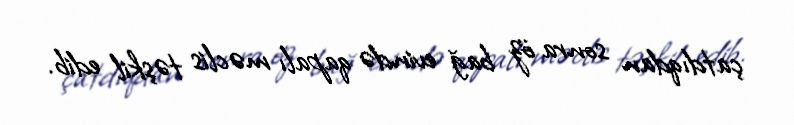
çatdıqdan sonra öz bağ evində qapalı məclis təşkil edib.